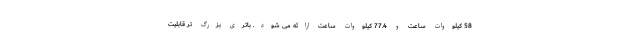
58 کیلووات ساعت و 77.4 کیلووات ساعت ارائه می شود. باتری بزرگ تر قابلیت